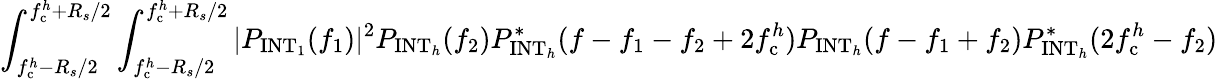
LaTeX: \int_{f_{\mathrm{c}}^{h}-R_{s}/2}^{f_{\mathrm{c}}^{h}+R_{s}/2}\int_{f_{\mathrm{c}}^{h}-R_{s}/2}^{f_{\mathrm{c}}^{h}+R_{s}/2}|P_{\mathrm{INT}_{1}}(f_{1})|^{2}P_{\mathrm{INT}_{h}}(f_{2})P_{\mathrm{INT}_{h}}^{\ast}(f-f_{1}-f_{2}+2f_{\mathrm{c}}^{h})P_{\mathrm{INT}_{h}}(f-f_{1}+f_{2})P_{\mathrm{INT}_{h}}^{\ast}(2f_{\mathrm{c}}^{h}-f_{2})